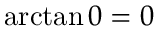
\arctan 0 = 0